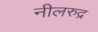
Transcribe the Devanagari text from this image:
नीलरुद्र